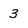
Character: 3